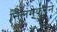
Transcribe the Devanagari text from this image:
निलंगेकरने